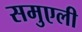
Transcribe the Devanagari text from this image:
समुएली